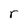
Character: r